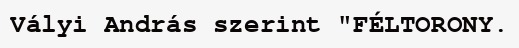
Vályi András szerint "FÉLTORONY.